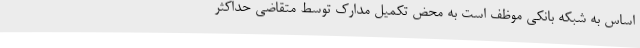
اساس به شبکه بانکی موظف است به محض تکمیل مدارک توسط متقاضی حداکثر